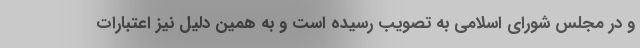
و در مجلس شورای اسلامی به تصویب رسیده است و به همین دلیل نیز اعتبارات